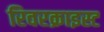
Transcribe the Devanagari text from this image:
रिवरक्राइस्ट